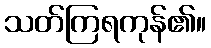
သတ်ကြရကုန်၏။